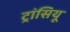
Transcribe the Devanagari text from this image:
ट्रांसियू